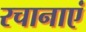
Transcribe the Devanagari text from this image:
रचानाएं